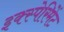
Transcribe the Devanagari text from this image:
इक्स्पेरिमेंट